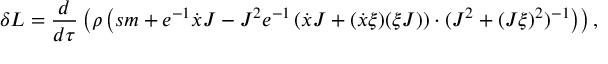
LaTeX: \delta L = \frac { d } { d \tau } \left( \rho \left( s m + e ^ { - 1 } \dot { x } J - J ^ { 2 } e ^ { - 1 } \left( \dot { x } J + ( \dot { x } \xi ) ( \xi J ) \right) \cdot ( J ^ { 2 } + ( J \xi ) ^ { 2 } ) ^ { - 1 } \right) \right) ,